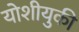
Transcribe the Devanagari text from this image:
योशीयुकी